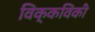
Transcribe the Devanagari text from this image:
विक्कविकी